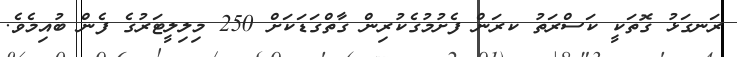
ރަނގަޅު ގޮތަކީ ކަސްރަތު ކރަން ފެށުމުގެކުރިން ގާތްގަޑަކަށް 250 މިލިލީޓަރުގެ ފެން ބުއިމެވެ.